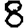
Digit: 8